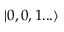
| 0 , 0 , 1 . . . \rangle